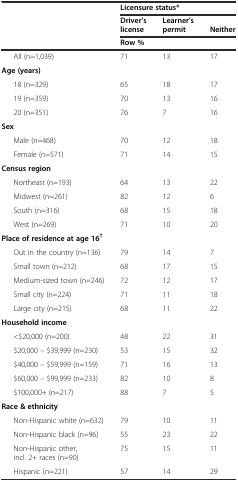
<table><thead><tr><td></td><td colspan="3"><b>Licensure status*</b></td></tr><tr><td></td><td><b>Driver’s license</b></td><td><b>Learner’s permit</b></td><td><b>Neither</b></td></tr><tr><td></td><td colspan="3"><b>Row %</b></td></tr></thead><tbody><tr><td>All (n=1,039)</td><td>71</td><td>13</td><td>17</td></tr><tr><td><b>Age</b><b>(years)</b></td><td></td><td></td><td></td></tr><tr><td>18 (n=329)</td><td>65</td><td>18</td><td>17</td></tr><tr><td>19 (n=359)</td><td>70</td><td>13</td><td>16</td></tr><tr><td>20 (n=351)</td><td>76</td><td>7</td><td>16</td></tr><tr><td><b>Sex</b></td><td></td><td></td><td></td></tr><tr><td>Male (n=468)</td><td>70</td><td>12</td><td>18</td></tr><tr><td>Female (n=571)</td><td>71</td><td>14</td><td>15</td></tr><tr><td><b>Census region</b></td><td></td><td></td><td></td></tr><tr><td>Northeast (n=193)</td><td>64</td><td>13</td><td>22</td></tr><tr><td>Midwest (n=261)</td><td>82</td><td>12</td><td>6</td></tr><tr><td>South (n=316)</td><td>68</td><td>15</td><td>18</td></tr><tr><td>West (n=269)</td><td>71</td><td>10</td><td>20</td></tr><tr><td><b>Place of residence at age 16</b><sup><b>†</b></sup></td><td></td><td></td><td></td></tr><tr><td>Out in the country (n=136)</td><td>79</td><td>14</td><td>7</td></tr><tr><td>Small town (n=212)</td><td>68</td><td>17</td><td>15</td></tr><tr><td>Medium-sized town (n=246)</td><td>72</td><td>12</td><td>17</td></tr><tr><td>Small city (n=224)</td><td>71</td><td>11</td><td>18</td></tr><tr><td>Large city (n=215)</td><td>68</td><td>11</td><td>22</td></tr><tr><td><b>Household income</b></td><td></td><td></td><td></td></tr><tr><td>&lt;$20,000 (n=200)</td><td>48</td><td>22</td><td>31</td></tr><tr><td>$20,000 – $39,999 (n=230)</td><td>53</td><td>15</td><td>32</td></tr><tr><td>$40,000 – $59,999 (n=159)</td><td>71</td><td>16</td><td>13</td></tr><tr><td>$60,000 – $99,999 (n=233)</td><td>82</td><td>10</td><td>8</td></tr><tr><td>$100,000+ (n=217)</td><td>88</td><td>7</td><td>5</td></tr><tr><td><b>Race &amp; ethnicity</b></td><td></td><td></td><td></td></tr><tr><td>Non-Hispanic white (n=632)</td><td>79</td><td>10</td><td>11</td></tr><tr><td>Non-Hispanic black (n=96)</td><td>55</td><td>23</td><td>22</td></tr><tr><td>Non-Hispanic other, incl. 2+ races (n=90)</td><td>75</td><td>15</td><td>11</td></tr><tr><td>Hispanic (n=221)</td><td>57</td><td>14</td><td>29</td></tr></tbody></table>